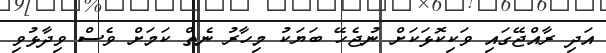
އަދި ރާއްޖޭގައި ވަކިކޮޅަކަށް ނުޖެހޭ ބަޔަކު މިހާރު ނެތް ކަމަށް ވެސް ވިދާޅުވި